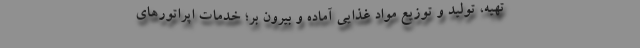
تهیه، تولید و توزیع مواد غذایی آماده و بیرون بر؛ خدمات اپراتورهای